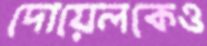
দোয়েলকেও